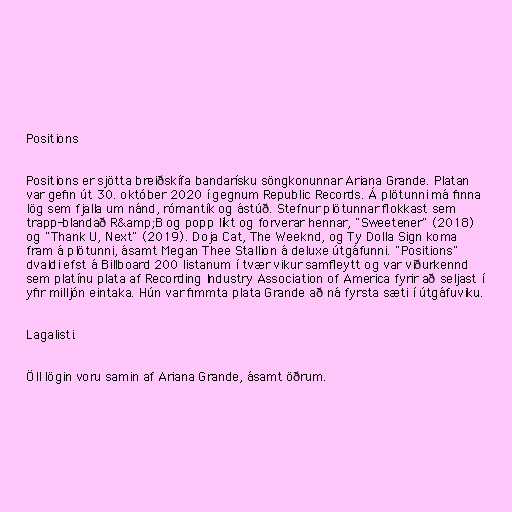
Positions

Positions er sjötta breiðskífa bandarísku söngkonunnar Ariana Grande. Platan
var gefin út 30. október 2020 í gegnum Republic Records. Á plötunni má finna
lög sem fjalla um nánd, rómantík og ástúð. Stefnur plötunnar flokkast sem
trapp-blandað R&amp;B og popp líkt og forverar hennar, "Sweetener" (2018)
og "Thank U, Next" (2019). Doja Cat, The Weeknd, og Ty Dolla Sign koma
fram á plötunni, ásamt Megan Thee Stallion á deluxe útgáfunni. "Positions"
dvaldi efst á Billboard 200 listanum í tvær vikur samfleytt og var viðurkennd
sem platínu plata af Recording Industry Association of America fyrir að seljast í
yfir milljón eintaka. Hún var fimmta plata Grande að ná fyrsta sæti í útgáfuviku.

Lagalisti.

Öll lögin voru samin af Ariana Grande, ásamt öðrum.